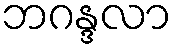
ဘဂန္ဒလာ